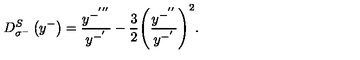
D _ { \sigma ^ { - } } ^ { S } \left( y ^ { - } \right) = \frac { y ^ { - ^ { ' ^ { \prime \prime } } } } { y ^ { - ^ { ' } } } - { \frac { 3 } { 2 } } { \left( \frac { y ^ { - ^ { ' ^ { \prime } } } } { y ^ { - ^ { ' } } } \right) } ^ { 2 } .